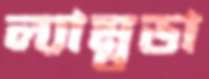
ল্যাম্বডা